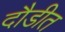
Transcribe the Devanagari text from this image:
दौडीत